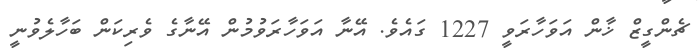
ޗެންގީޒް ޚާން އަވަހާރަވީ 1227 ގައެވެ. އޭނާ އަވަހާރަވުމުން އޭނާގެ ވެރިކަން ބަހާލެވުނީ